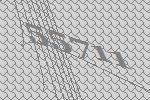
55711